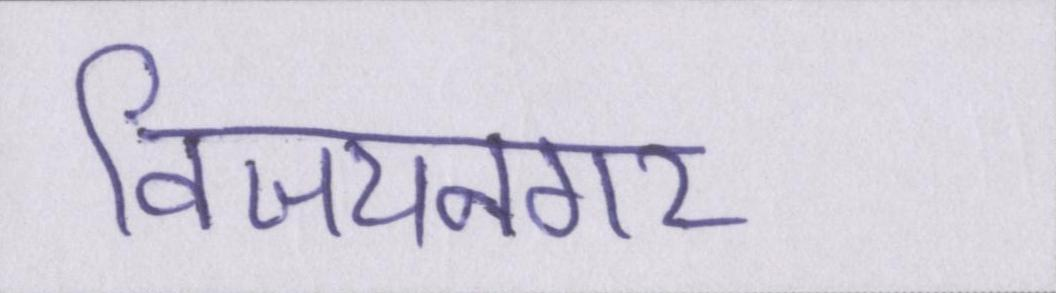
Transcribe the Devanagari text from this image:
विजयनगर